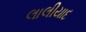
લાલીયાદ